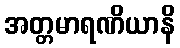
အတ္တမာရဏိယာနိ